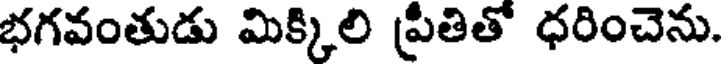
భగవంతుడు మిక్కిలి ప్రీతితో ధరించెను.